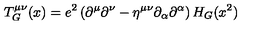
T _ { G } ^ { \mu \nu } ( x ) = e ^ { 2 } \left( \partial ^ { \mu } \partial ^ { \nu } - \eta ^ { \mu \nu } \partial _ { \alpha } \partial ^ { \alpha } \right) H _ { G } ( x ^ { 2 } )